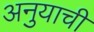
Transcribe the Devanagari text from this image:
अनुयाची